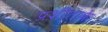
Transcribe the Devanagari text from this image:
प्रशीताकें